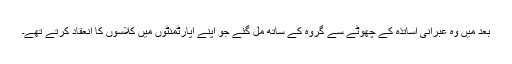
بعد میں وہ عبرانی اساتذہ کے چھوٹے سے گروہ کے ساتھ مل گئے جو اپنے اپارٹمنٹوں میں کلاسوں کا انعقاد کرتے تھے۔